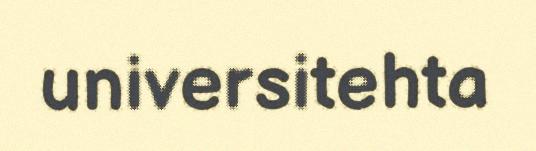
universitehta